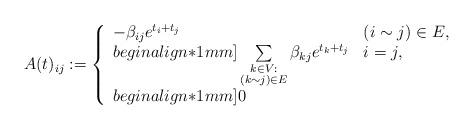
LaTeX: \begin{align*}A(t)_{ij}:=\left\{\begin{array}{ll} - \beta_{ij} e^{t_i+t_j} & (i\sim j)\in E, \\begin{align*}1mm]\sum\limits_{\substack{k\in V:\\ (k\sim j)\in E}} \beta_{kj} e^{t_k+t_j} & i=j, \\begin{align*}1mm]0 & \end{array}\right.\end{align*}